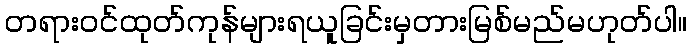
တရားဝင်ထုတ်ကုန်များရယူခြင်းမှတားမြစ်မည်မဟုတ်ပါ။